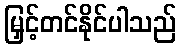
မြှင့်တင်နိုင်ပါသည်